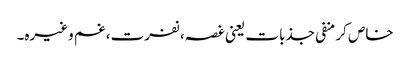
خاص کر منفی جذبات یعنی غصہ، نفرت، غم وغیرہ۔